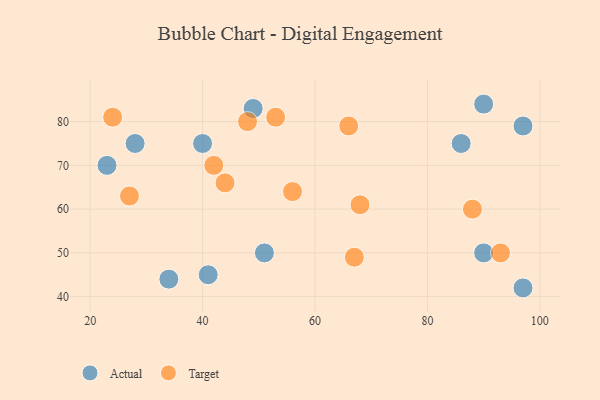
{"axis": {"x": "GDP", "y": "Life Expectancy"}, "legend": ["Actual", "Target"], "data": [{"x": "97", "y": 42, "type": "Actual"}, {"x": "97", "y": 79, "type": "Actual"}, {"x": "90", "y": 84, "type": "Actual"}, {"x": "90", "y": 50, "type": "Actual"}, {"x": "40", "y": 75, "type": "Actual"}, {"x": "51", "y": 50, "type": "Actual"}, {"x": "34", "y": 44, "type": "Actual"}, {"x": "23", "y": 70, "type": "Actual"}, {"x": "86", "y": 75, "type": "Actual"}, {"x": "41", "y": 45, "type": "Actual"}, {"x": "49", "y": 83, "type": "Actual"}, {"x": "28", "y": 75, "type": "Actual"}, {"x": "93", "y": 50, "type": "Target"}, {"x": "68", "y": 61, "type": "Target"}, {"x": "56", "y": 64, "type": "Target"}, {"x": "24", "y": 81, "type": "Target"}, {"x": "88", "y": 60, "type": "Target"}, {"x": "53", "y": 81, "type": "Target"}, {"x": "44", "y": 66, "type": "Target"}, {"x": "67", "y": 49, "type": "Target"}, {"x": "48", "y": 80, "type": "Target"}, {"x": "66", "y": 79, "type": "Target"}, {"x": "42", "y": 70, "type": "Target"}, {"x": "27", "y": 63, "type": "Target"}]}